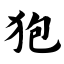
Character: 狍